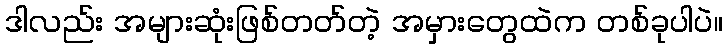
ဒါလည်း အများဆုံးဖြစ်တတ်တဲ့ အမှားတွေထဲက တစ်ခုပါပဲ။